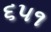
૬૫૧